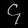
Digit: ၄